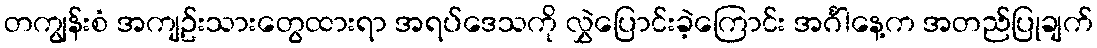
တကျွန်းစံ အကျဥ်းသားတွေထားရာ အရပ်ဒေသကို လွှဲပြောင်းခဲ့ကြောင်း အင်္ဂါနေ့က အတည်ပြုချက်